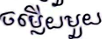
ចម្លើយមួយ